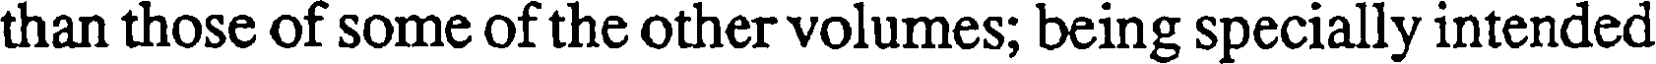
than those of some of the other volumes; being specially intended